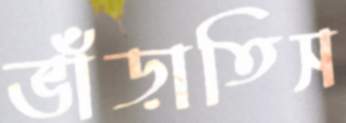
ভাঁড়াতিস